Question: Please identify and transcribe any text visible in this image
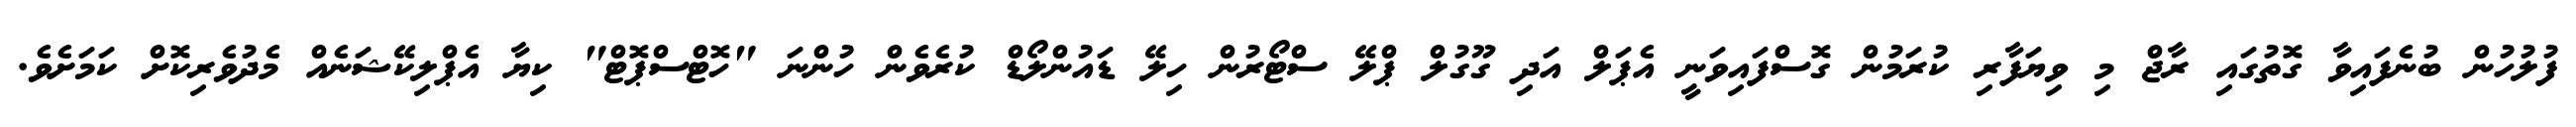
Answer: ފުލުހުން ބުނެފައިވާ ގޮތުގައި ރާޖް މި ވިޔަފާރި ކުރަމުން ގޮސްފައިވަނީ އެޕަލް އަދި ގޫގުލް ޕްލޭ ސްޓޯރުން ހިލޭ ޑައުންލޯޑް ކުރެވެން ހުންނަ "ހޮޓްސްޕޮޓް" ކިޔާ އެޕްލިކޭޝަނެއް މެދުވެރިކޮށް ކަމަށެވެ.